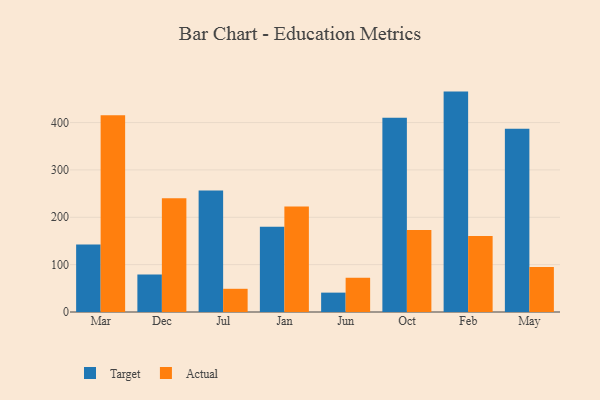
{"axis": {"x": "Month", "y": "Website Visitors"}, "legend": ["Actual", "Target"], "data": [{"x": "Mar", "y": 142.5, "type": "Target"}, {"x": "Mar", "y": 415.2, "type": "Actual"}, {"x": "Dec", "y": 79.2, "type": "Target"}, {"x": "Dec", "y": 240.4, "type": "Actual"}, {"x": "Jul", "y": 256.3, "type": "Target"}, {"x": "Jul", "y": 49.0, "type": "Actual"}, {"x": "Jan", "y": 180.0, "type": "Target"}, {"x": "Jan", "y": 222.8, "type": "Actual"}, {"x": "Jun", "y": 40.9, "type": "Target"}, {"x": "Jun", "y": 72.3, "type": "Actual"}, {"x": "Oct", "y": 410.0, "type": "Target"}, {"x": "Oct", "y": 173.4, "type": "Actual"}, {"x": "Feb", "y": 465.4, "type": "Target"}, {"x": "Feb", "y": 160.5, "type": "Actual"}, {"x": "May", "y": 386.7, "type": "Target"}, {"x": "May", "y": 95.2, "type": "Actual"}]}